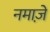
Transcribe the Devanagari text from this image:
नमाजे़